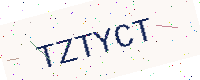
Text: TZTYCT